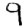
Digit: 9